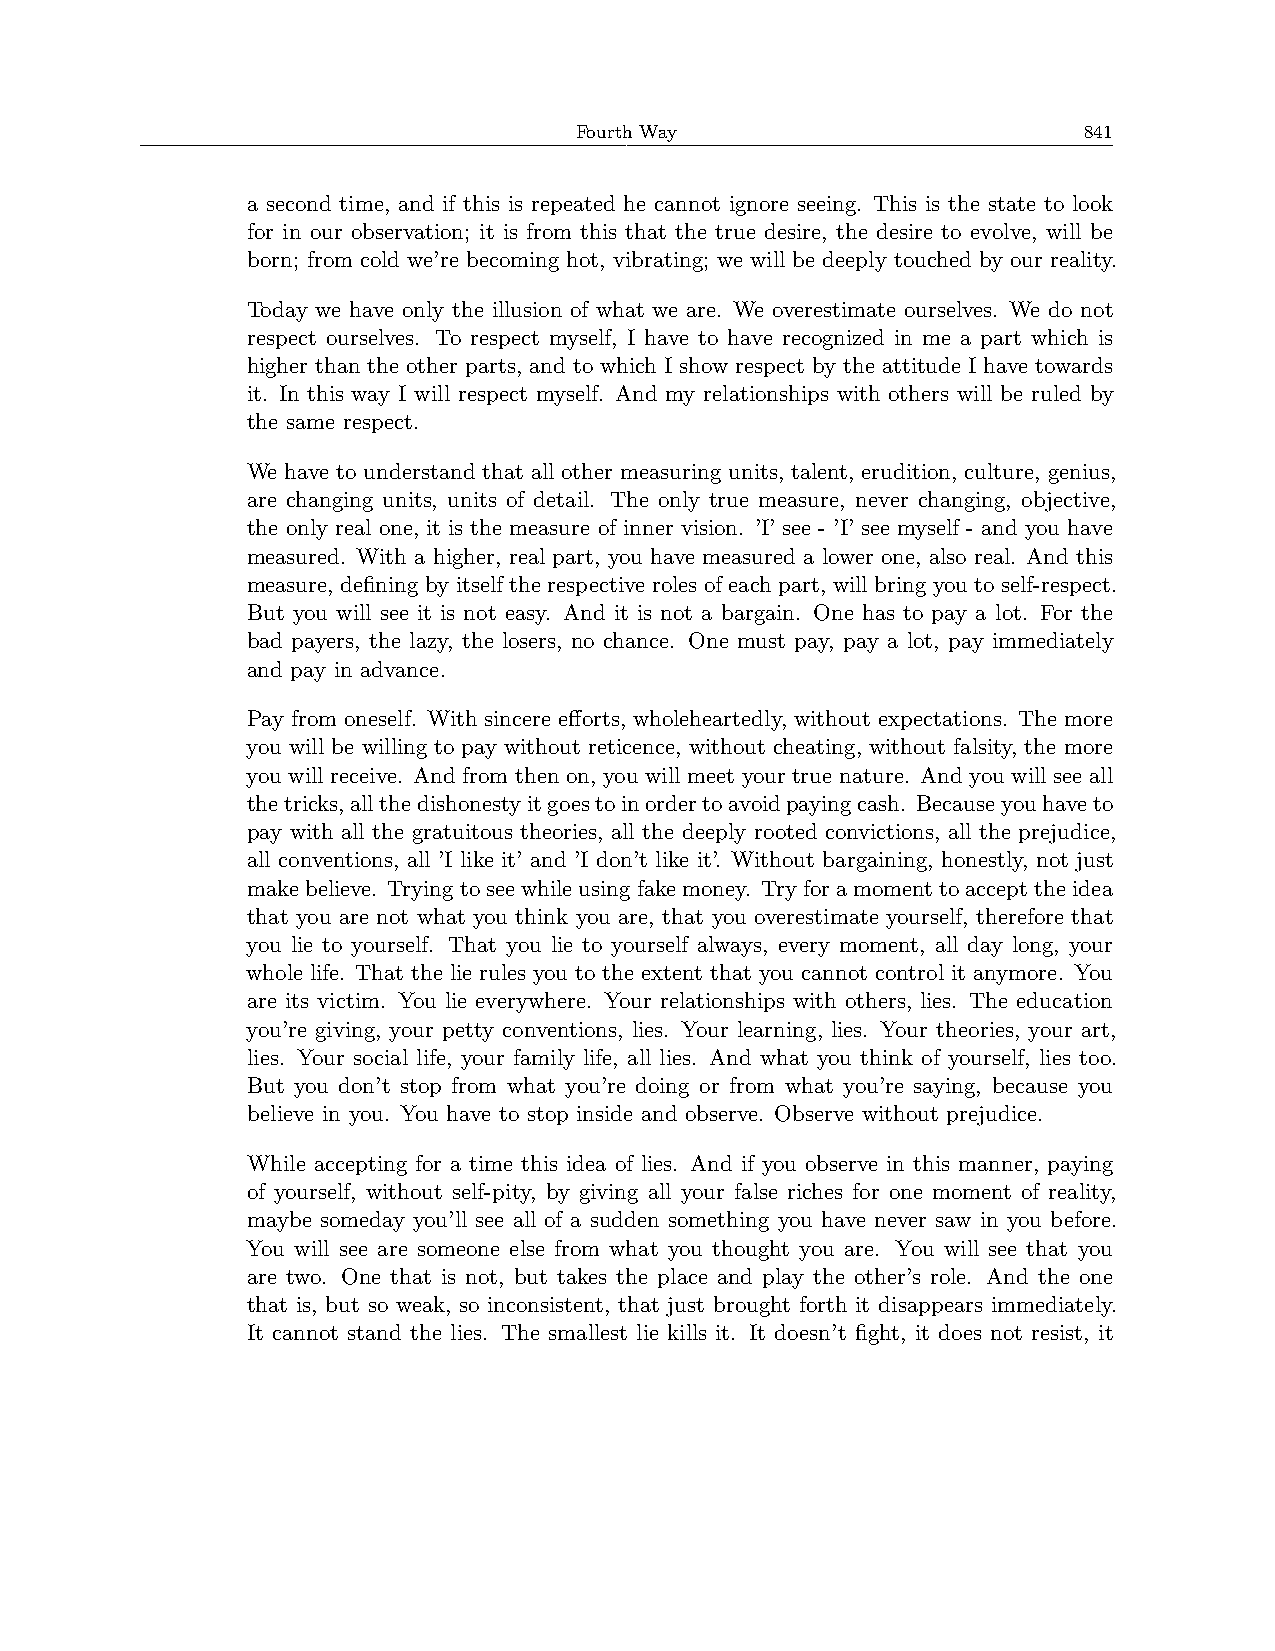
Fourth Way                        841
 a second time, and if this is repeated he cannot ignore seeing. This is the state to look
 for in our observation; it is from this that the true desire, the desire to evolve, will be
 born; from cold we’re becoming hot, vibrating; we will be deeply touched by our reality.
 Today we have only the illusion of what we are. We overestimate ourselves. We do not
 respect ourselves. To respect myself, I have to have recognized in me a part which is
 higher than the other parts, and to which I show respect by the attitude I have towards
 it. In this way I will respect myself. And my relationships with others will be ruled by
 the same respect.
 We have to understand that all other measuring units, talent, erudition, culture, genius,
 are changing units, units of detail. The only true measure, never changing, objective,
 the only real one, it is the measure of inner vision. ’I’ see - ’I’ see myself - and you have
 measured. With a higher, real part, you have measured a lower one, also real. And this
 measure, defining by itself the respective roles of each part, will bring you to self-respect.
 But you will see it is not easy. And it is not a bargain. One has to pay a lot. For the
 bad payers, the lazy, the losers, no chance. One must pay, pay a lot, pay immediately
 and pay in advance.
 Pay from oneself. With sincere efforts, wholeheartedly, without expectations. The more
 you will be willing to pay without reticence, without cheating, without falsity, the more
 you will receive. And from then on, you will meet your true nature. And you will see all
 thetricks,allthedishonestyitgoestoinordertoavoidpayingcash. Becauseyouhaveto
 pay with all the gratuitous theories, all the deeply rooted convictions, all the prejudice,
 all conventions, all ’I like it’ and ’I don’t like it’. Without bargaining, honestly, not just
 makebelieve. Tryingtoseewhileusingfakemoney. Tryforamomenttoaccepttheidea
 that you are not what you think you are, that you overestimate yourself, therefore that
 you lie to yourself. That you lie to yourself always, every moment, all day long, your
 whole life. That the lie rules you to the extent that you cannot control it anymore. You
 are its victim. You lie everywhere. Your relationships with others, lies. The education
 you’re giving, your petty conventions, lies. Your learning, lies. Your theories, your art,
 lies. Your social life, your family life, all lies. And what you think of yourself, lies too.
 But you don’t stop from what you’re doing or from what you’re saying, because you
 believe in you. You have to stop inside and observe. Observe without prejudice.
 While accepting for a time this idea of lies. And if you observe in this manner, paying
 of yourself, without self-pity, by giving all your false riches for one moment of reality,
 maybe someday you’ll see all of a sudden something you have never saw in you before.
 You will see are someone else from what you thought you are. You will see that you
 are two. One that is not, but takes the place and play the other’s role. And the one
 that is, but so weak, so inconsistent, that just brought forth it disappears immediately.
 It cannot stand the lies. The smallest lie kills it. It doesn’t fight, it does not resist, it